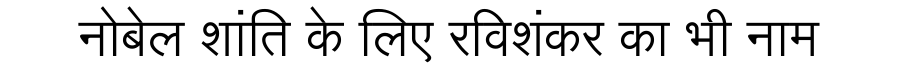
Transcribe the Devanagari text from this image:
नोबेल शांति के लिए रविशंकर का भी नाम